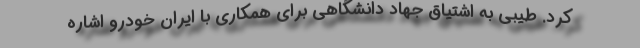
کرد. طیبی به اشتیاق جهاد دانشگاهی برای همکاری با ایران خودرو اشاره